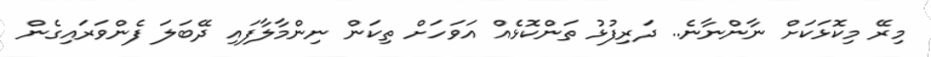
މިރޭ މިކޮޅަކަށް ނާންނާނެ.. ދަރިފުޅު ތަންކޮޅެއް އަވަހަށް ތިކަން ނިންމާލާފައި ދޭބަލަ ފެންވަރައިގެން